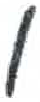
אות: ו